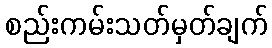
စည်းကမ်းသတ်မှတ်ချက်